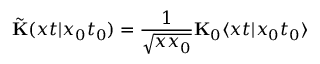
\tilde { \bf K } ( x t \vert x _ { 0 } t _ { 0 } ) = \frac { 1 } { \sqrt { x x _ { 0 } } } { \bf K } _ { 0 } \langle x t \vert x _ { 0 } t _ { 0 } \rangle